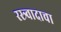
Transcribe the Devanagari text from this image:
रस्त्र्वादाचा